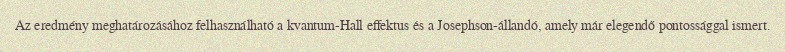
Az eredmény meghatározásához felhasználható a kvantum-Hall effektus és a Josephson-állandó, amely már elegendő pontossággal ismert.